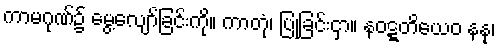
ကာမဂုဏ်၌ မွေ့လျော်ခြင်းကို။ ကာတုံ၊ ပြုခြင်းငှာ။ နဝဋ္ဋတိယေဝ နနု၊